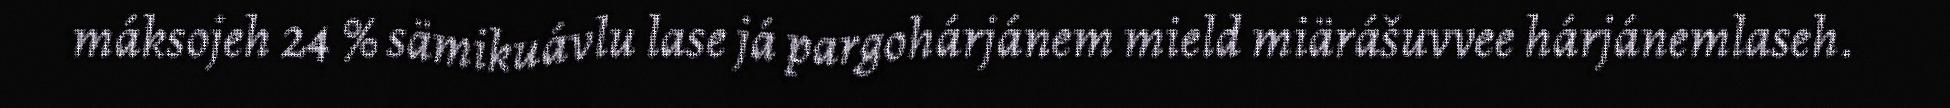
máksojeh 24 % sämikuávlu lase já pargohárjánem mield miärášuvvee hárjánemlaseh.